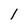
Character: l